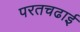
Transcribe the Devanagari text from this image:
परतचढाई